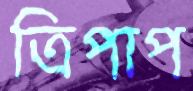
ত্রিপাপ